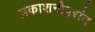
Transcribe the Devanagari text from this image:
प्रकाशनोपरांत